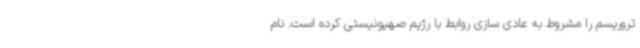
تروریسم را مشروط به عادی سازی روابط با رژیم صهیونیستی کرده است. نام